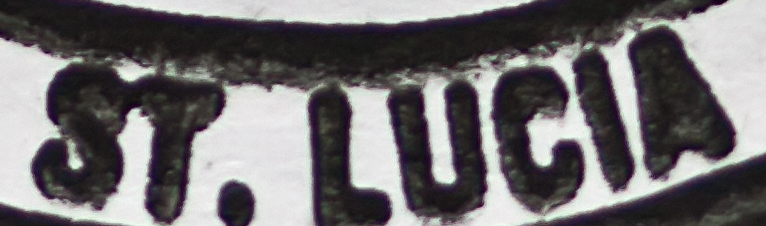
ST.LUCIA